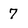
Character: 7